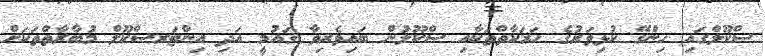
ސްކޫލްގައި ހިންގޭ ކުޅިވަރުގެ ހަރަކާތްތަކާއި ސްކޫލުން ބައިވެރިވާ ޤައުމީ އަދި އިންޓަރސްކޫލް މުބާރާތްތަކަށް